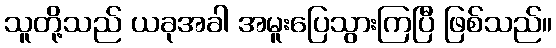
သူတို့သည် ယခုအခါ အမူးပြေသွားကြပြီ ဖြစ်သည်။